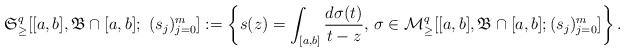
\begin{align*} {\mathfrak S}_\geq^q[[a,b],\mathfrak B\cap[a,b];\ (s_j)_{j=0}^{m}] :=\left\{ s(z)=\int_{[a,b]}\frac{d\sigma(t)}{t-z},\, \sigma\in {\mathcal M}_\geq^q[[a,b],\mathfrak B\cap[a,b]; (s_j)_{j=0}^{m}] \right\}.\end{align*}